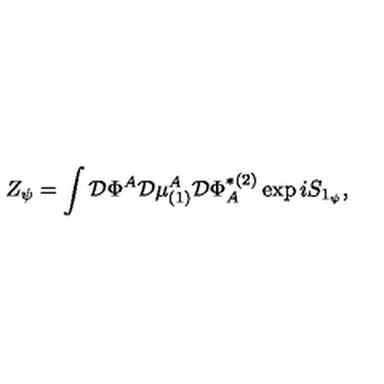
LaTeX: Z _ { \psi } = \int { \cal D } \Phi ^ { A } { \cal D } \mu _ { ( 1 ) } ^ { A } { \cal D } \Phi _ { A } ^ { * ( 2 ) } \exp i S _ { 1 _ { \psi } } ,